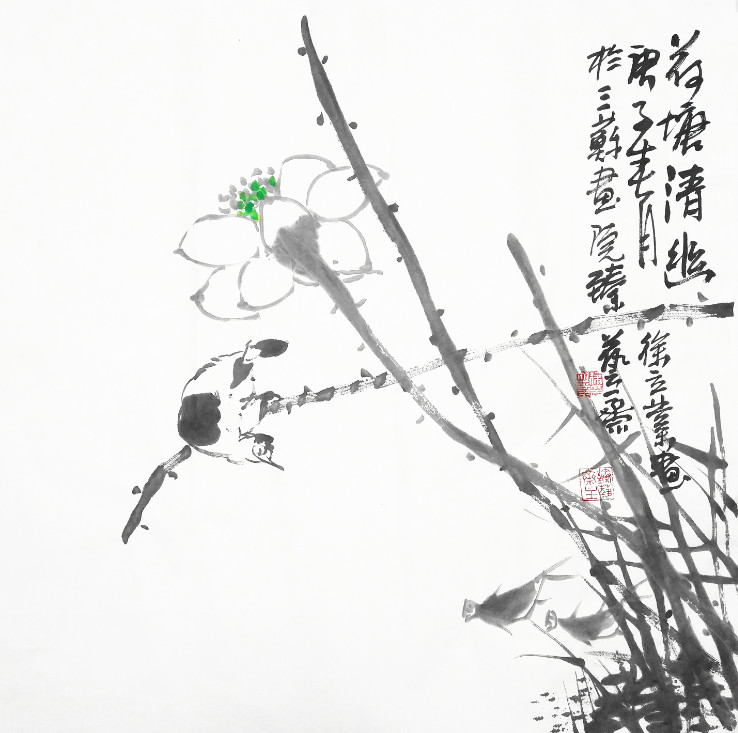
众芳摇落独暄妍，占尽风情向小园。